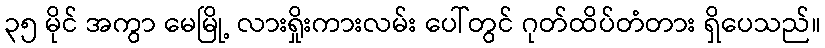
၃၅ မိုင် အကွာ မေမြို့ လားရှိုးကားလမ်း ပေါ်တွင် ဂုတ်ထိပ်တံတား ရှိပေသည်။